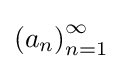
{\textstyle {(a_{n})}_{n=1}^{\infty }}